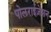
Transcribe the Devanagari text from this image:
पोलराईज़ेशन